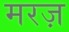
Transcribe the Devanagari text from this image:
मरज़